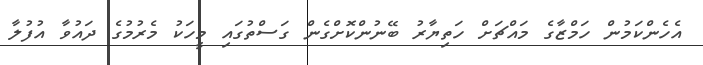
އެހެންކަމުން ހަމްޒާގެ މައްޗަށް ހަތިޔާރު ބޭނުންކޮށްގެން ގަސްތުގައި މީހަކު މެރުމުގެ ދައުވާ އުފުލާ